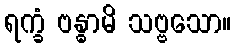
ရက္ခံ ဗန္ဓာမိ သဗ္ဗသော။